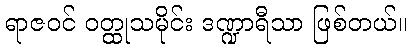
ရာဇဝင် ဝတ္ထုသမိုင်း ဒဏ္ဍာရီသာ ဖြစ်တယ်။